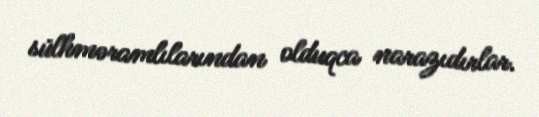
sülhməramlılarından olduqca narazıdırlar.